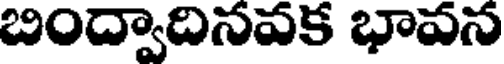
బింద్వాదినవక భావన